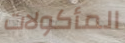
المأكولات